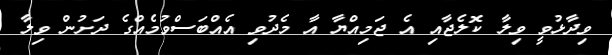
ވިދާޅުވީ ވިލާ ކޮލެޖާއި އެ ޖަމިއްޔާ އާ މެދުވި އެއްބަސްވުމެއްގެ ދަށުން ވިލާ